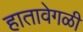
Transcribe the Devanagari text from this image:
हातावेगळी